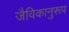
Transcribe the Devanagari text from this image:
जैविकानुरूप